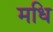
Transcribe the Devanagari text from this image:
मधि